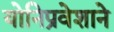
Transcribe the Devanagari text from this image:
योनिप्रवेशाने